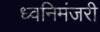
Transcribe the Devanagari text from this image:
ध्वनिमंजरी